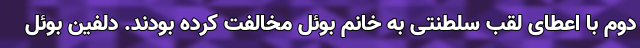
دوم با اعطای لقب سلطنتی به خانم بوئل مخالفت کرده بودند. دلفین بوئل